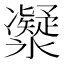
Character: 𠘤